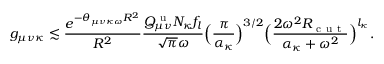
g _ { \mu \nu \kappa } \lesssim \frac { e ^ { - \theta _ { \mu \nu \kappa \omega } R ^ { 2 } } } { R ^ { 2 } } \frac { Q _ { \mu \nu } ^ { \mathrm { ~ u ~ } } N _ { \kappa } f _ { l } } { \sqrt { \pi } \omega } \Big ( \frac { \pi } { \alpha _ { \kappa } } \Big ) ^ { 3 / 2 } \Big ( \frac { 2 \omega ^ { 2 } R _ { \mathrm { ~ c ~ u ~ t ~ } } } { \alpha _ { \kappa } + \omega ^ { 2 } } \Big ) ^ { l _ { \kappa } } .